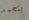
يتجمد